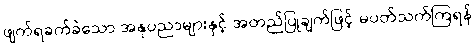
ဖျက်ရခက်ခဲသော အနုပညာများနှင့် အတည်ပြုချက်ဖြင့် မပတ်သက်ကြရန်